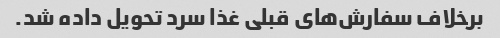
برخلاف سفارش‌های قبلی غذا سرد تحویل داده شد.